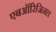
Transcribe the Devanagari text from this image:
एबऑरिजिनल